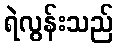
ရဲလွန်းသည်